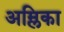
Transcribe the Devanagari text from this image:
अम्लिका